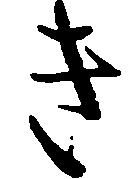
き